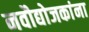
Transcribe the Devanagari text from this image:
नवौद्योजकांना